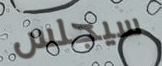
سيجلس